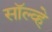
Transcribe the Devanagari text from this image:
सॉल्व्हे